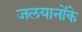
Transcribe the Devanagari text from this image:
जलयानोंके